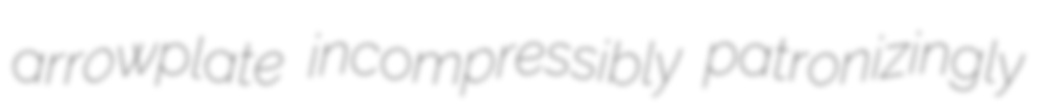
arrowplate incompressibly patronizingly